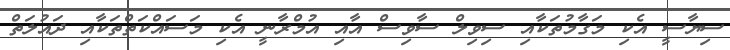
ސިޔާސީ އެކި މަގާމުތަކާއި ސިވިލް ސާވިސް އާއި އުމްރާނީ އެކި މަސައްކަތްތަކާއި ދައުލަތް